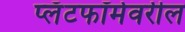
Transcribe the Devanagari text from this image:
प्लॅटफॉर्मवरील